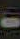
-